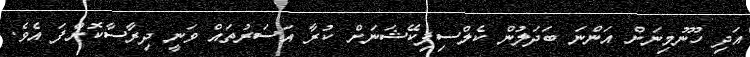
އަދި ހޫނުމިނަށް އަންނަ ބަދަލުން ކެލްސިފިކޭޝަނަށް ކުރާ އަސަރުތައް ވަނީ ދިރާސާކޮށްފަ އެވެ.